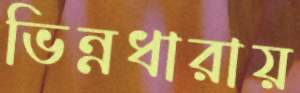
ভিন্নধারায়